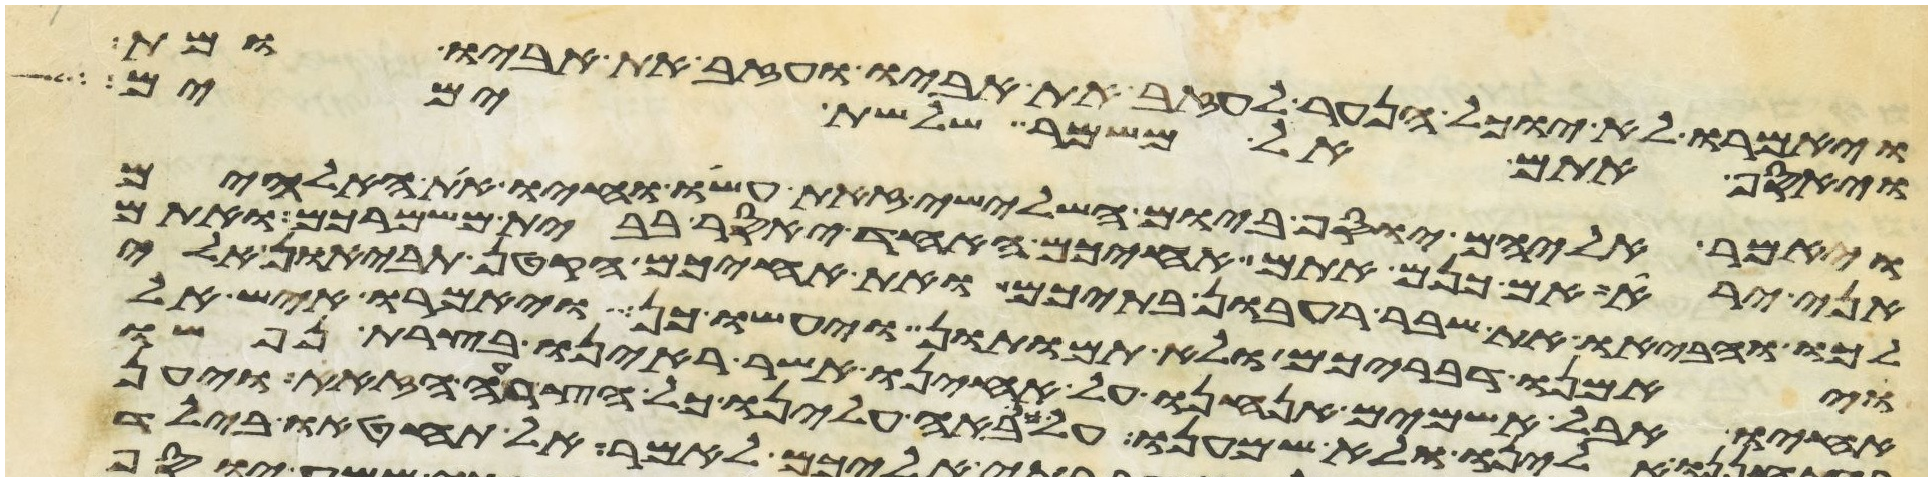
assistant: ויאמרו לא יוכל הנער לעזב את אביו ועזב את אביו ומת
ויאסף אתם אל משמר שלשת ימים
ויאמר אליהם יוסף ביום השלישי זאת עשו וחיו את האלהים
אני ירא אם כנים אתם אחיכם האחד יאסר בבית משמרכם ואתם
לכו והביאו את שבר רעבון בתיכם ואת אחיכם הקטן תביאון אלי
ויאמנו דבריכם ולא תמותון ויעשו כן ויאמרו איש אל
אחיו אבל אשמים אנחנו על אחינו אשר ראינו בצרת נפשו